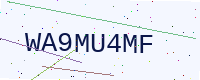
Text: WA9MU4MF